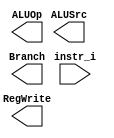
/***************************************************
Student Name: 
Student ID: 
***************************************************/

`timescale 1ns/1ps

module Decoder(
	input [32-1:0] 	instr_i,
	output wire			ALUSrc,
	output wire			RegWrite,
	output wire			Branch,
	output wire [2-1:0]	ALUOp
	);
	
//Internal Signals
wire	[7-1:0]		opcode;
wire 	[3-1:0]		funct3;
wire	[3-1:0]		Instr_field;
wire	[9-1:0]		Ctrl_o;


endmodule